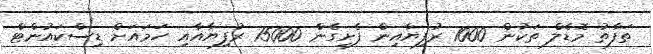
ތަފާތު މޮޑެލް ތަކުން 1000 ރުފިޔާއިން ފެށިގެން 15000 ރުފިޔާއާއި ހަމައަށް ޑިސްކައުންޓް